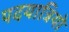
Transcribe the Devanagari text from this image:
पदयात्रियो